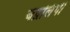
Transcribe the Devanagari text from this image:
चंद्रलिंपी